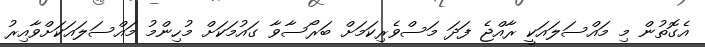
އެގޮތުން މި މައްސަލައަކީ ރާއްޖެ ފަދަ މަސްވެރިކަމަށް ބަރޯސާވާ ގައުމަކަށް މުހިންމު މައްސަލައަކަށްވާއިރު